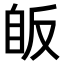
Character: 𦤇